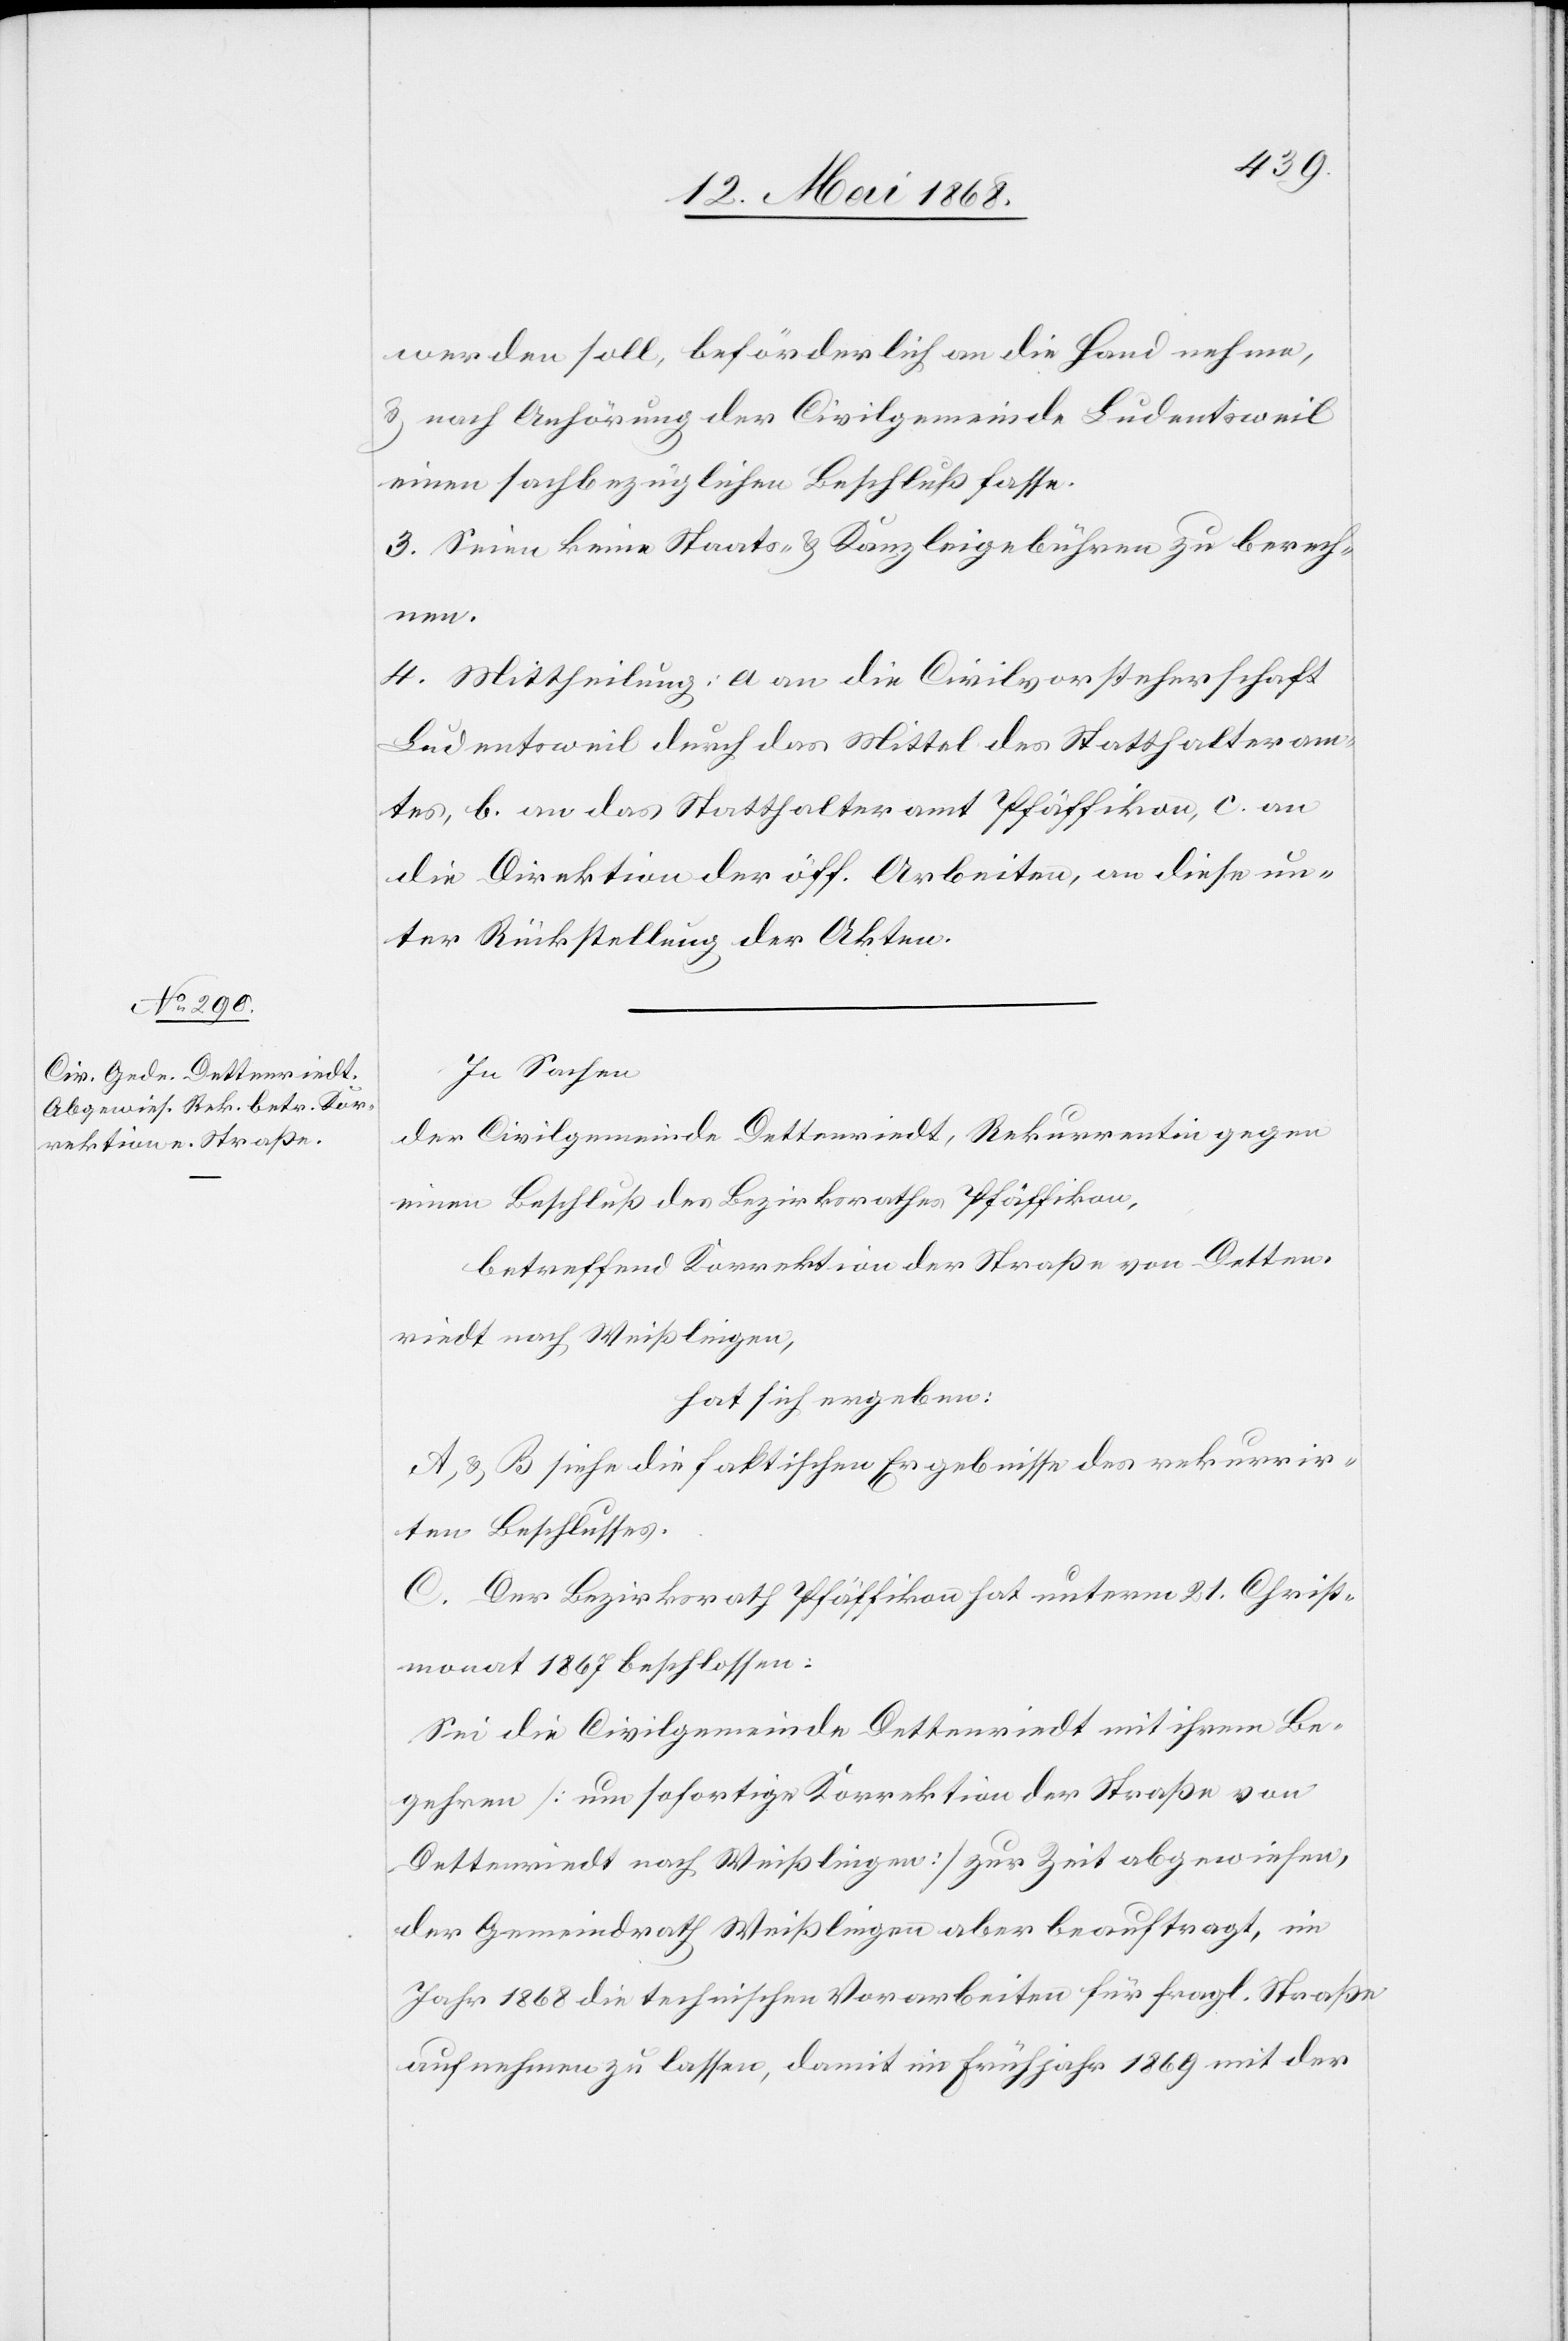
werden soll, beförderlich an die Hand nehme,
& nach Anhörung der Civilgemeinde Ludentsweil
einen sachbezüglichen Beschluß fasse.
3. Seien keine Staats- & Kanzleigebühren zu berech¬
nen.
4. Mittheilung: a an die Civilvorsteherschaft
Ludentsweil durch das Mittel des Statthalteram¬
tes, b. an das Statthalteramt Pfäffikon, c. an
die Direktion der öff. Arbeiten, an diese un¬
ter Rückstellung der Akten.
In Sachen
der Civilgemeinde Dettenriedt, Rekurrentin gegen
einen Beschluß des Bezirksrathes Pfäffikon,
betreffend Korrektion der Straße von Detten¬
riedt nach Weißlingen,
hat sich ergeben:
A & B siehe die faktischen Ergebnisse des rekurrir¬
ten Beschlusses.
C. Der Bezirksrath Pfäffikon hat unterm 21. Christ¬
monat 1867 beschlossen:
Sei die Civilgemeinde Dettenriedt mit ihrem Be¬
gehren [um sofortige Korrektion der Straße von
Dettenriedt nach Weißlingen] zur Zeit abgewiesen,
der Gemeindrath Weißlingen aber beauftragt, im
Jahr 1868 die technischen Vorarbeiten für fragl. Straße
aufnehmen zu lassen, damit im Frühjahr 1869 mit der